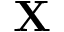
\mathbf { X }